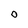
Character: 0